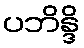
ပဘိန္ဒိ